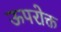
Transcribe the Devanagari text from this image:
ऊपरोक्त